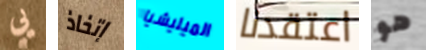
يي إتخاذ الميليشيا اعتقدنا هو